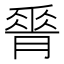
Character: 𦟝